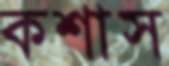
কশাস